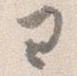
ヨ